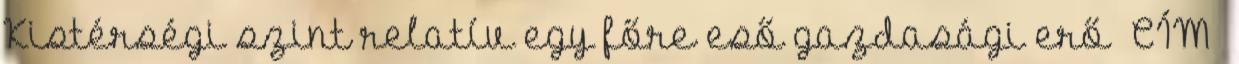
Kistérségi szint relatív egy főre eső gazdasági erő CÍM